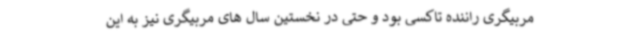
مربیگری راننده تاکسی بود و حتی در نخستین سال های مربیگری نیز به این